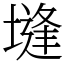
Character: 塳